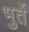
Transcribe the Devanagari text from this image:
भुर्ते